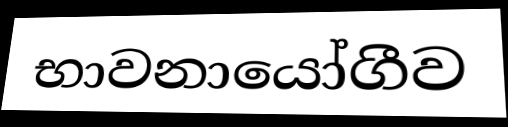
භාවනායෝගීව